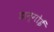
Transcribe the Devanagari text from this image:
डान्गोई